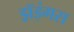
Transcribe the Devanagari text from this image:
ड्रॉइंगस